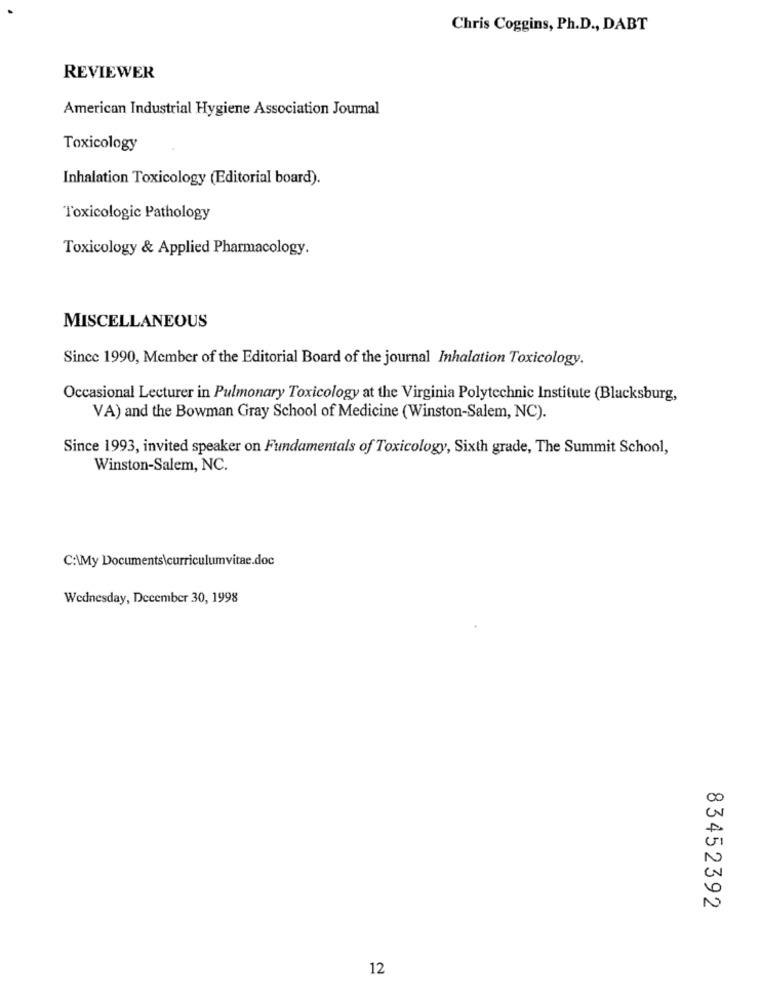
Chris Coggins, Ph.D ., DABT
REVIEWER
American Industrial Hygiene Association Journal
Toxicology
Inhalation Toxicology (Editorial board).
Toxicologic Pathology
Toxicology & Applied Pharmacology.
MISCELLANEOUS
Since 1990, Member of the Editorial Board of the journal Inhalation Toxicology.
Occasional Lecturer in Pulmonary Toxicology at the Virginia Polytechnic Institute (Blacksburg,
VA) and the Bowman Gray School of Medicine (Winston-Salem, NC).
Since 1993, invited speaker on Fundamentals of Toxicology, Sixth grade, The Summit School,
Winston-Salem, NC.
C:\My Documents\curriculumvitae.doc
Wednesday, December 30, 1998
CO
N
83452392
12